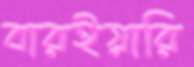
বারইয়ারি